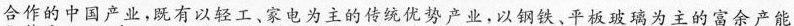
合作的中国产业，既有以轻工、家电为主的传统优势产业，以钢铁、平板玻璃为主的富余产能优势产业，又有以通信设备、轨道交通为主的装备制造优势产业，